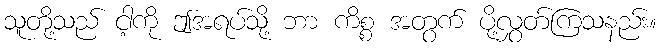
သူတို့သည် ငါ့ကို ဤအရပ်သို့ ဘာ ကိစ္စ အတွက် ပို့လွှတ်ကြသနည်း။